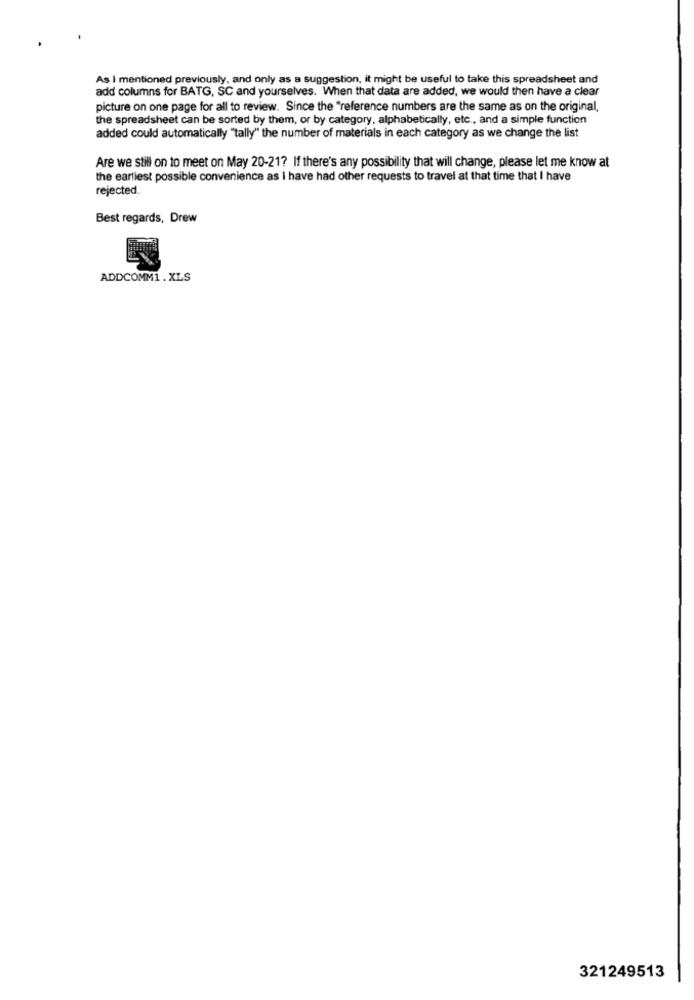
As I mentioned previously, and only as a suggestion, it might be useful to take this spreadsheet and
add columns for BATG, SC and yourselves. When that data are added, we would then have a clear
picture on one page for all to review. Since the "reference numbers are the same as on the original,
the spreadsheet can be sorted by them, or by category, alphabetically, etc ., and a simple function
added could automatically "tally" the number of materials in each category as we change the list
Are we still on to meet on May 20-21? If there's any possibility that will change, please let me know at
the earliest possible convenience as I have had other requests to travel at that time that I have
rejected.
Best regards, Drew
ADDCOMM1 . XLS
321249513